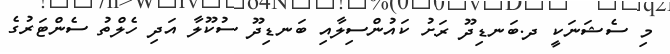
މި ސެޝަނަކީ ދ.ބަނޑިދޫ ރަށު ކައުންސިލާއި ބަނޑިދޫ ސުކޫލާ އަދި ހެލްތު ސެންޓަރުގެ